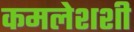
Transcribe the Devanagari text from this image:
कमलेशशी